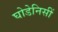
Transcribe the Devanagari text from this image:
घोडेनिसीं